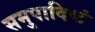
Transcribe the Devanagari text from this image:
समुपादिष्टं